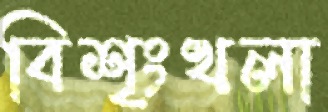
বিশৃংখলা